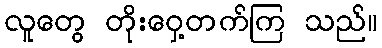
လူတွေ တိုးဝှေ့တက်ကြ သည်။